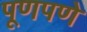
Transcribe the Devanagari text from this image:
पूणपणे